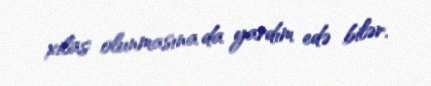
xilas olunmasına da yardım edə bilər.